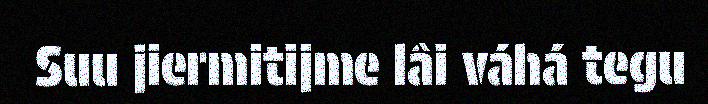
Suu jiermitijme lâi váhá tegu